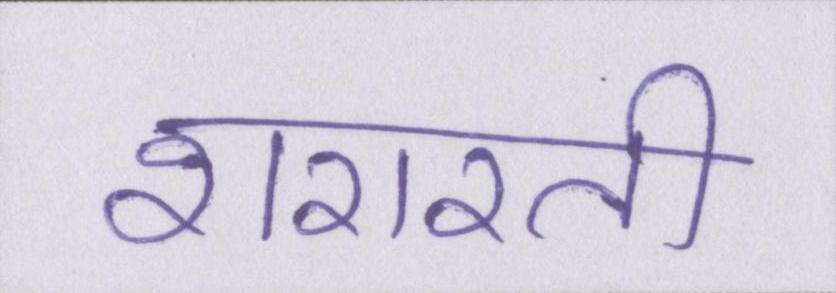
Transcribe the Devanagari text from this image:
शरारती